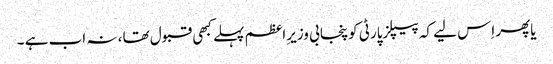
یاپھر اِس لیے کہ پیپلزپارٹی کوپنجابی وزیرِاعظم پہلے کبھی قبول تھا ، نہ اب ہے ۔